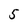
Character: 5